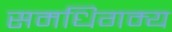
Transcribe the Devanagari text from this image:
समधिगम्य